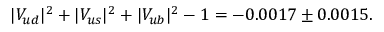
| V _ { u d } | ^ { 2 } + | V _ { u s } | ^ { 2 } + | V _ { u b } | ^ { 2 } - 1 = - 0 . 0 0 1 7 \pm 0 . 0 0 1 5 .